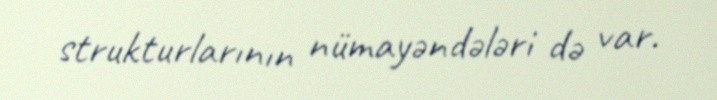
strukturlarının nümayəndələri də var.